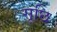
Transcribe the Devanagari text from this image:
सूछि